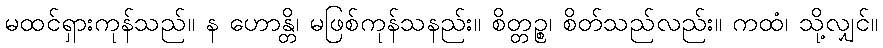
မထင်ရှားကုန်သည်။ န ဟောန္တိ၊ မဖြစ်ကုန်သနည်း။ စိတ္တဉ္စ၊ စိတ်သည်လည်း။ ကထံ၊ သို့လျှင်။